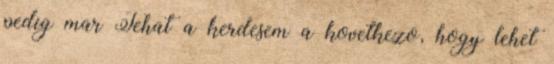
pedig mar Tehat a kerdesem a kovetkezo, hogy lehet